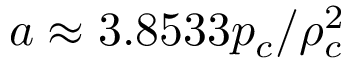
a \approx 3 . 8 5 3 3 p _ { c } / \rho _ { c } ^ { 2 }